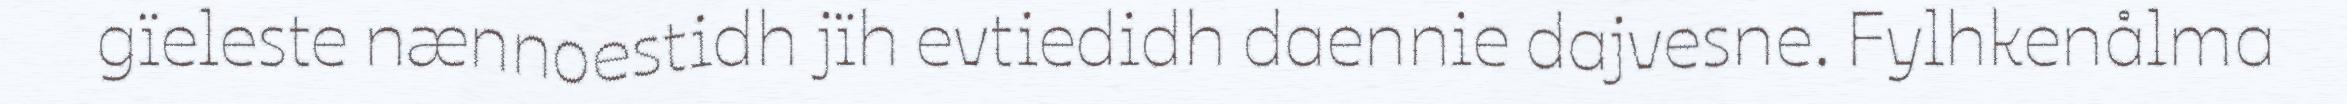
gïeleste nænnoestidh jïh evtiedidh daennie dajvesne. Fylhkenålma